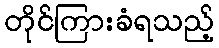
တိုင်ကြားခံရသည့်